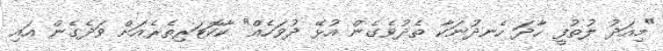
"މިއަދު ލުތުފީ ހާދަ ހެނދުނަކާ ތެދުވެގެން އުޅޭ ދުވަހެއް" ކާކޮޓަރިތެރެއަށް ވަދެގެން އައި